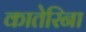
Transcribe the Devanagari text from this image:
कातेरिना